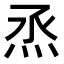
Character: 𤇏